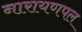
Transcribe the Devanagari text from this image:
नारायणपल